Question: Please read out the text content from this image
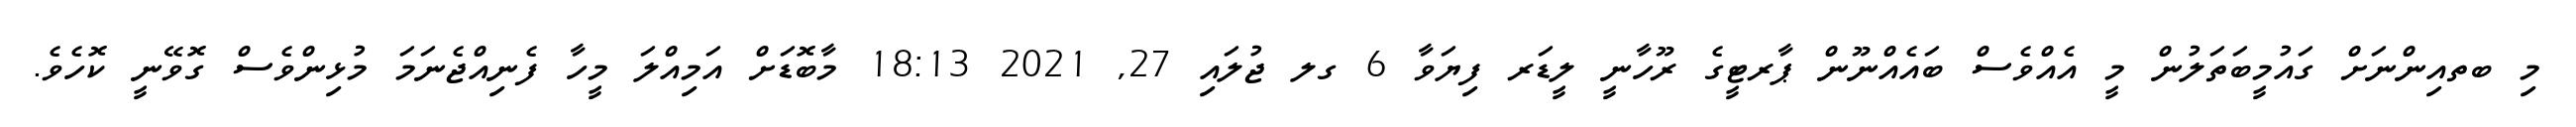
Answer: މި ބތއިންނަށް ގައުމީބަތަލުން މީ އެއްވެސް ބައެއްނޫން ޕާރޓީގެ ރޫހާނީ ލީޑަރ ފިޔަވާ 6 ގލ ޖުލައި 27, 2021 18:13 މާބޮޑަށް އަމިއްލަ މީހާ ފެނިއްޖެނަމަ މުޅިންވެސް ގޮވޭނީ ކޮހެވެ.